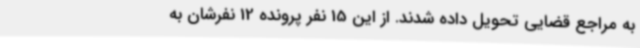
به مراجع قضایی تحویل داده شدند. از این 15 نفر پرونده 12 نفرشان به